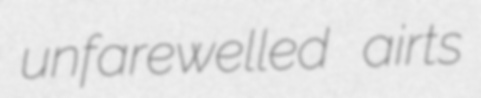
unfarewelled airts